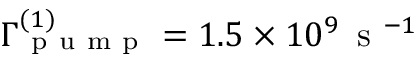
\Gamma _ { \mathrm { ~ p ~ u ~ m ~ p ~ } } ^ { ( 1 ) } = 1 . 5 \times 1 0 ^ { 9 } \, \mathrm { ~ s ~ } ^ { - 1 }